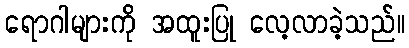
ရောဂါများကို အထူးပြု လေ့လာခဲ့သည်။